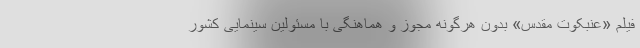
فیلم «عنبکوت مقدس» بدون هرگونه مجوز و هماهنگی با مسئولین سینمایی کشور